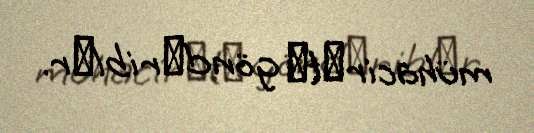
mühacirәtә göndәriblәr.